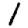
Digit: 1